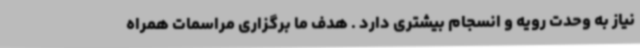
نیاز به وحدت رویه و انسجام بیشتری دارد . هدف ما برگزاری مراسمات همراه